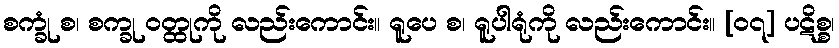
စက္ခုံ စ၊ စက္ခု ဝတ္ထုကို လည်းကောင်း။ ရူပေ စ၊ ရူပါရုံကို လည်းကောင်း။ [၀၇] ပဋိစ္စ၊